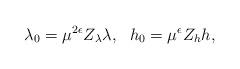
LaTeX: \begin{align*}\lambda_{0}=\mu^{2\epsilon}Z_{\lambda}\lambda,~~h_{0}=\mu^{\epsilon}Z_{h}h,\end{align*}